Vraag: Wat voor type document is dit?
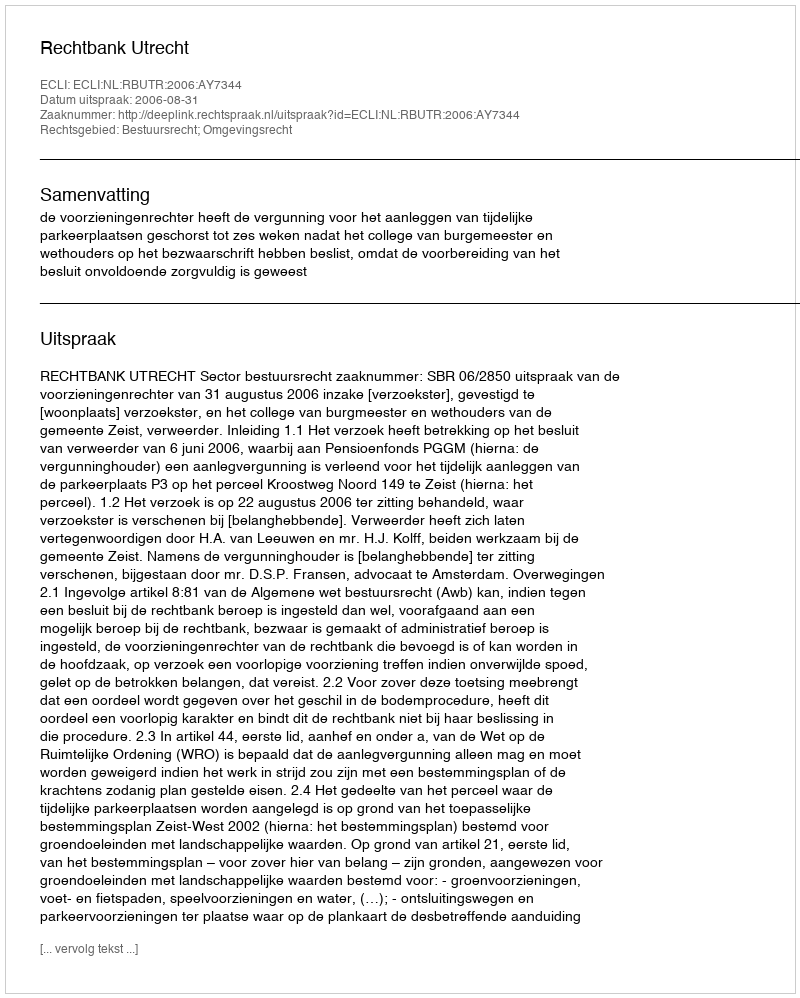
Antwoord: Uitspraak